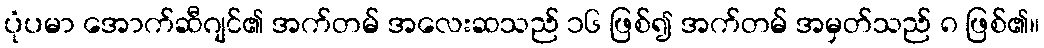
ပုံပမာ အောက်ဆီဂျင်၏ အက်တမ် အလေးဆသည် ၁၆ ဖြစ်၍ အက်တမ် အမှတ်သည် ၈ ဖြစ်၏။